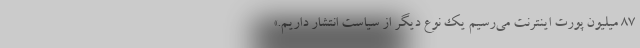
۸۷ میلیون پورت اینترنت می‌رسیم یک نوع دیگر از سیاست انتشار داریم.»